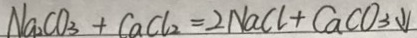
N a _ { 2 } C O _ { 3 } + C a C l _ { 2 } = 2 N a C l + C a C O _ { 3 } \downarrow